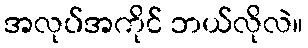
အလုပ်အကိုင် ဘယ်လိုလဲ။